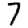
Digit: 7